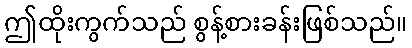
ဤထိုးကွက်သည် စွန့်စားခန်းဖြစ်သည်။